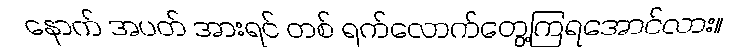
နောက် အပတ် အားရင် တစ် ရက်လောက်တွေ့ကြရအောင်လား။